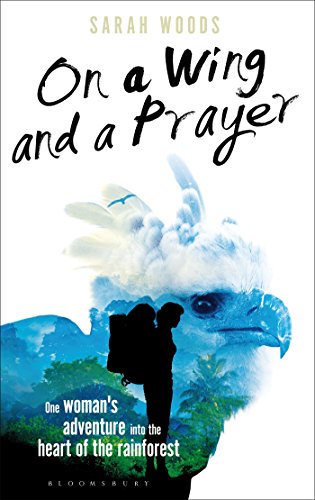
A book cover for On a Wing and a Prayer: One Woman's Adventure into the Heart of the Rainforest (Bloomsbury Nature Writing); Sarah Woods; Science & Math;